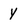
Character: Y